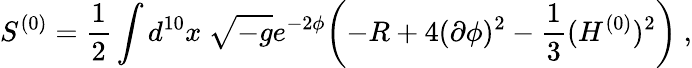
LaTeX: S^{(0)}=\frac{1}{2}\int d^{10}x\ \sqrt{-g}e^{-2\phi}\biggl(-R+4(\partial\phi)^{2}-{\frac{1}{3}}(H^{(0)})^{2}\biggr)\ ,